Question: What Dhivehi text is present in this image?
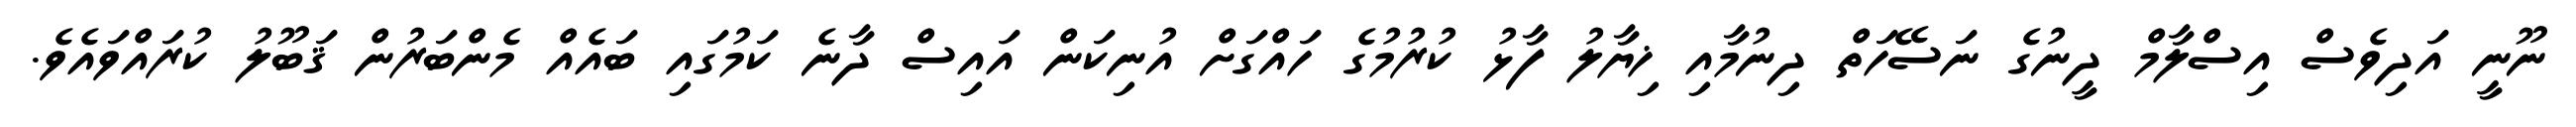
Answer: ނޫނީ އަދިވެސް އިސްލާމް ދީނުގެ ނަސޭހަތް ދިނުމާއި ޚިޔާލު ފާޅު ކުރުމުގެ ހައްގަށް އުނިކަން އައިސް ދާނެ ކަމުގައި ބައެއް މެންބަރުން ޤަބޫލު ކުރައްވައެވެ.